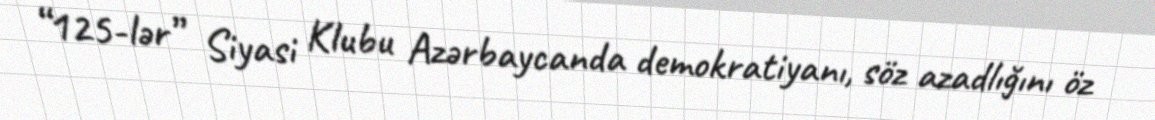
“125-lər” Siyasi Klubu Azərbaycanda demokratiyanı, söz azadlığını öz